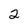
Character: 2